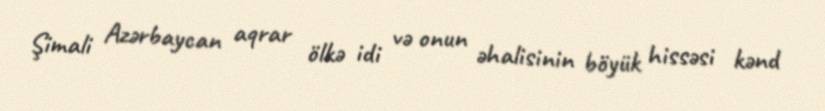
Şimali Azərbaycan aqrar ölkə idi və onun əhalisinin böyük hissəsi kənd